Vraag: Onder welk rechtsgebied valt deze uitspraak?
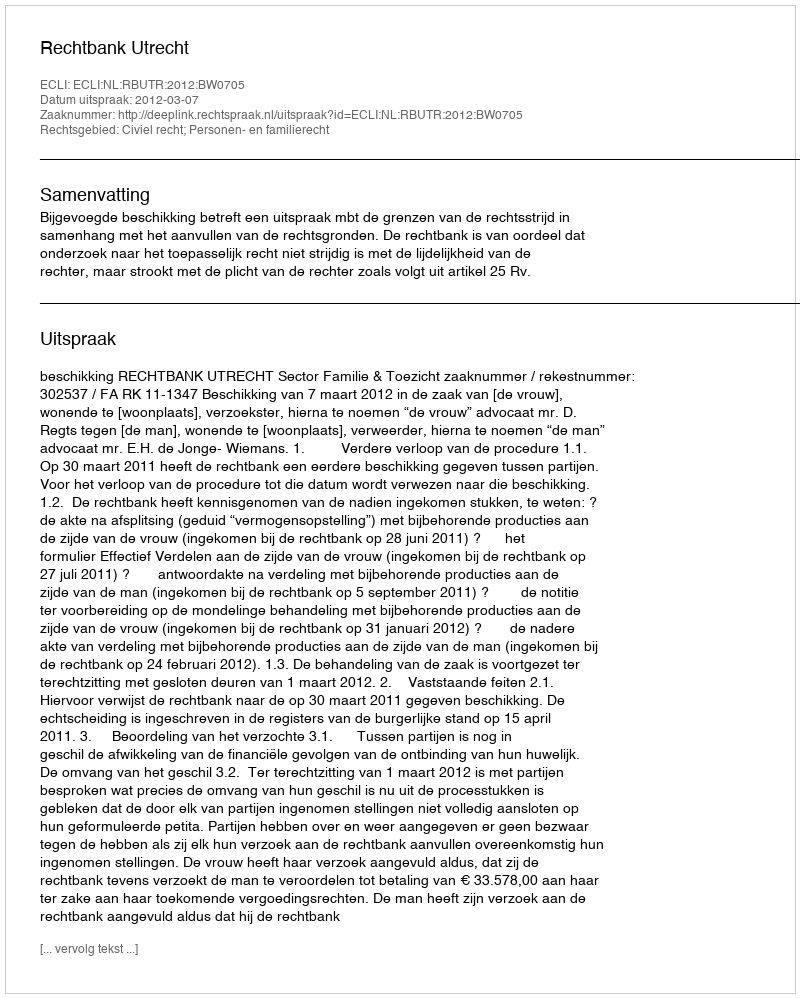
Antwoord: Civiel recht; Personen- en familierecht